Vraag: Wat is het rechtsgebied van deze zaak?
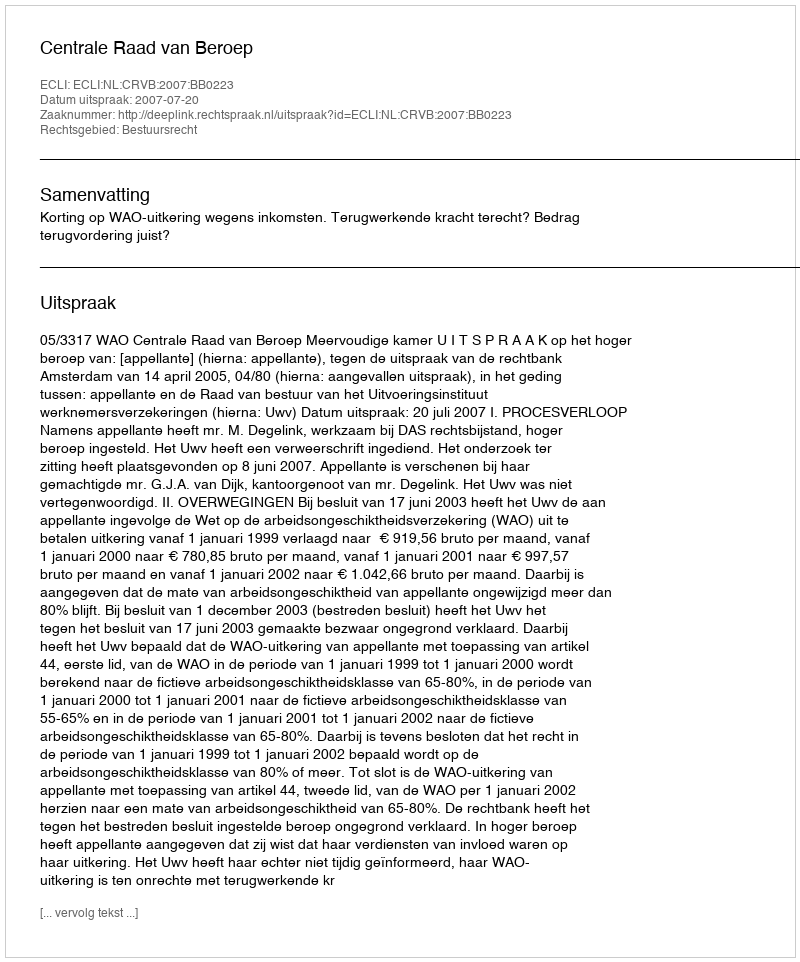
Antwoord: Bestuursrecht